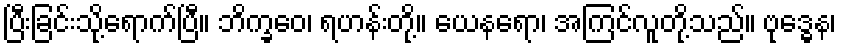
ပြီးခြင်းသို့ရောက်ပြီ။ ဘိက္ခဝေ၊ ရဟန်းတို့။ ယေနရော၊ အကြင်လူတို့သည်။ ဗုဒ္ဓေန၊